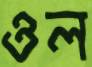
ওল